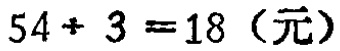
$54\div 3 = 18\ (\text{元})$